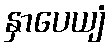
နှာပေယျံ